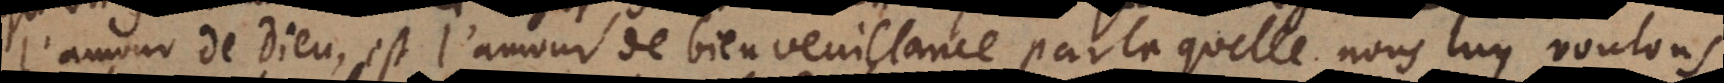
’amour de Dieu, est l’amour de bienveuillance par laquelle nous luy voulons